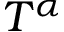
T ^ { \alpha }